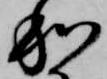
和